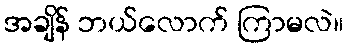
အချိန် ဘယ်လောက် ကြာမလဲ။